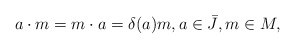
\begin{align*}a\cdot m = m \cdot a = \delta(a)m, a \in \bar{J}, m \in M,\end{align*}